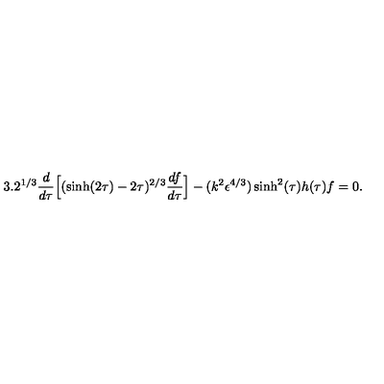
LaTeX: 3 . 2 ^ { 1 / 3 } \frac { d } { d \tau } \Big [ ( \sinh ( 2 \tau ) - 2 \tau ) ^ { 2 / 3 } \frac { d f } { d \tau } \Big ] - ( k ^ { 2 } \epsilon ^ { 4 / 3 } ) \sinh ^ { 2 } ( \tau ) h ( \tau ) f = 0 .